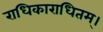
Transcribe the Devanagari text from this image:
राधिकाराधितम्।